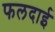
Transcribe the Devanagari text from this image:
फलदाई